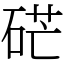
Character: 硭